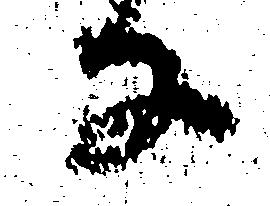
な